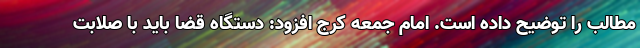
مطالب را توضیح داده است. امام جمعه کرج افزود: دستگاه قضا باید با صلابت